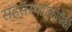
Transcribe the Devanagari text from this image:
सहसंस्थापकांपैकी